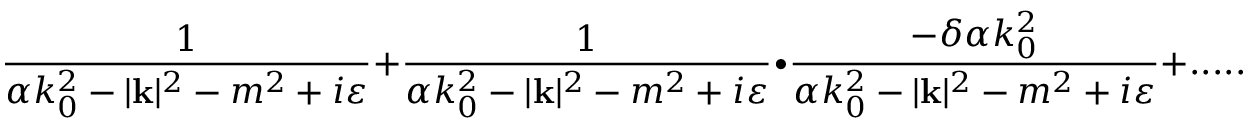
\frac { 1 } { \alpha k _ { 0 } ^ { 2 } - | \mathbf { k } | ^ { 2 } - m ^ { 2 } + i \varepsilon } + \frac { 1 } { \alpha k _ { 0 } ^ { 2 } - | \mathbf { k } | ^ { 2 } - m ^ { 2 } + i \varepsilon } \bullet \frac { - \delta \alpha k _ { 0 } ^ { 2 } } { \alpha k _ { 0 } ^ { 2 } - | \mathbf { k } | ^ { 2 } - m ^ { 2 } + i \varepsilon } + . . . . . .